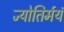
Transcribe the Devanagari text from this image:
ज्योतिर्मयं